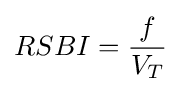
RSBI={\frac {f}{V_{T}}}